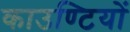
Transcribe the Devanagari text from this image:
काउण्टियों